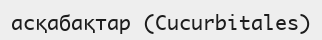
асқабақтар (Cucurbitales)